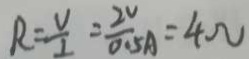
R = \frac { V } { I } = \frac { 2 V } { 0 . 5 A } = 4 \Omega